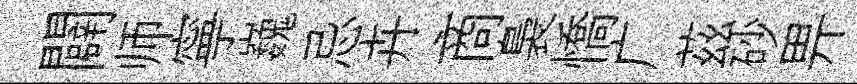
闢师寧巍忌卉商裊憍广茲砂畀